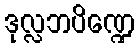
ဒုလ္လဘပိဏ္ဍေ